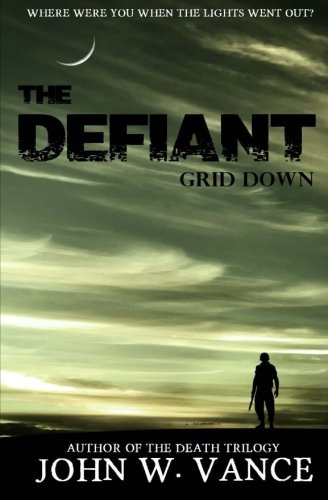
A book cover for The Defiant: Grid Down (Volume 1); John W Vance; Science Fiction & Fantasy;